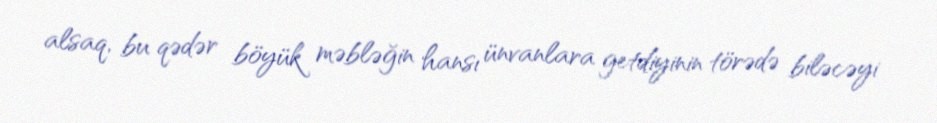
alsaq, bu qədər böyük məbləğin hansı ünvanlara getdiyinin törədə biləcəyi